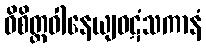
ဝိစိတ္တဝါနေယျဝဋံသကာနံ